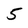
Character: 5